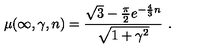
\mu ( \infty , \gamma , n ) = \frac { \sqrt { 3 } - \frac { \pi } { 2 } e ^ { - \frac { 4 } { 3 } n } } { \sqrt { 1 + \gamma ^ { 2 } } } \ .